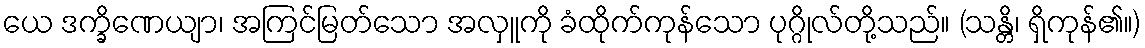
ယေ ဒက္ခိဏေယျာ၊ အကြင်မြတ်သော အလှူကို ခံထိုက်ကုန်သော ပုဂ္ဂိုလ်တို့သည်။ (သန္တိ၊ ရှိကုန်၏။)